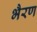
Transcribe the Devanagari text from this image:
भैरण